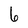
Character: 6